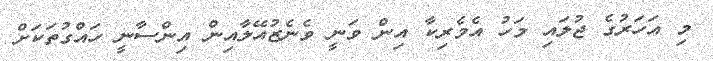
މި އަހަރުގެ ޖުލައި މަހު އެމެރިކާ އިން ވަނީ ވެނެޒުއޭލާއިން އިންސާނީ ހައްގުތަކަށް